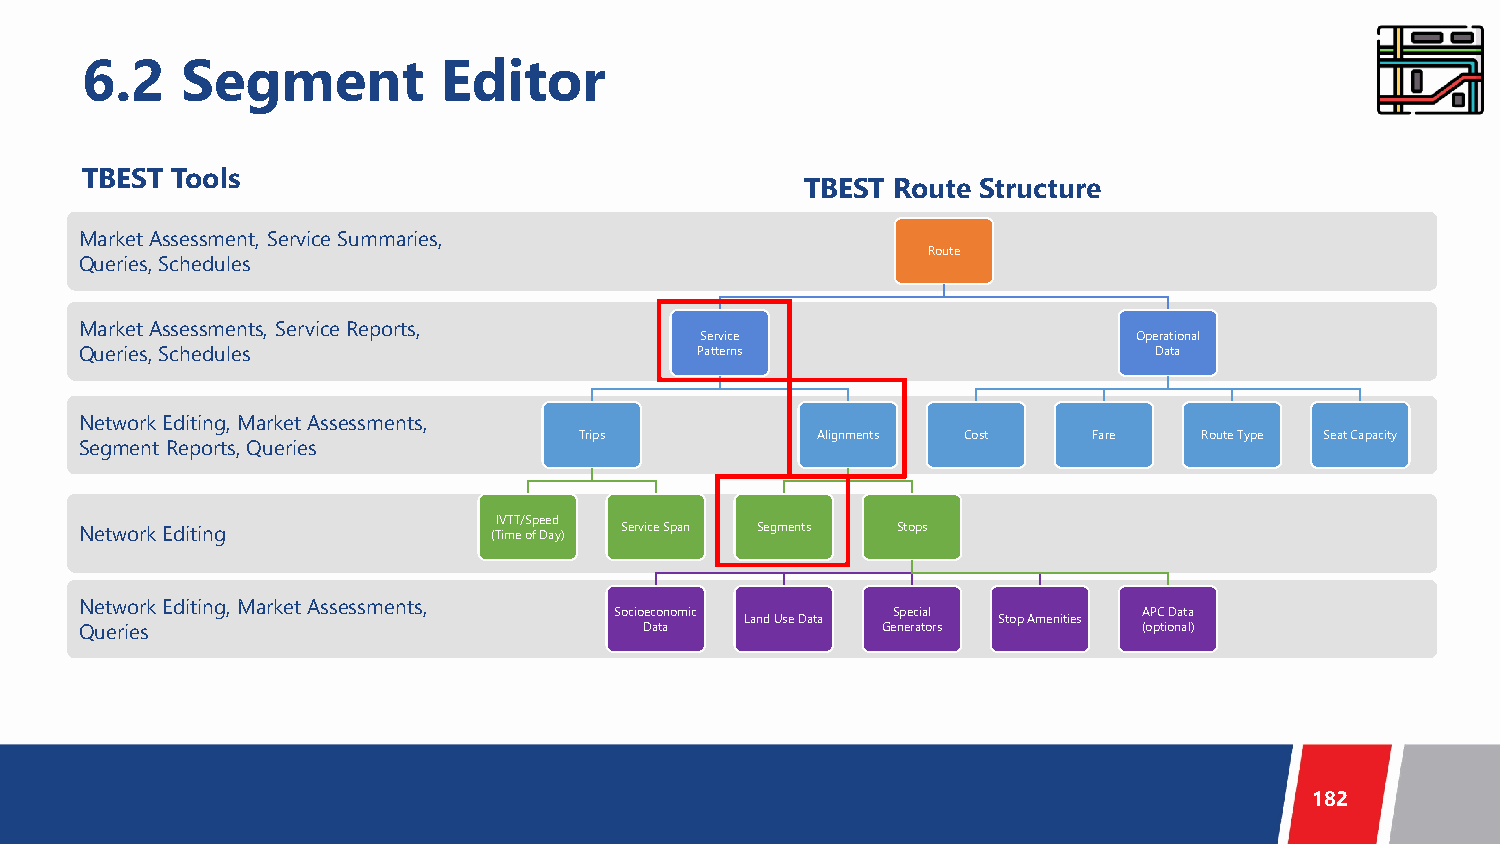
6.2    Segment          Editor
 TBEST Tools
 TBEST Route Structure
 Market Assessment, Service Summaries,
 Route
 Queries, Schedules
 Market Assessments, Service Reports,
 Service                      Operational
 Queries, Schedules                       Patterns                      Data
 Network Editing, Market Assessments,
 Trips           Alignments Cost   Fare    Route Type Seat Capacity
 Segment Reports, Queries
 IVTT/Speed
 Network Editing            (Time of Day) Service Span Segments Stops
 Network Editing, Market Assessments,
 Socioeconomic     Special          APC Data
 Land Use Data    Stop Amenities
 Queries                               Data           Generators        (optional)
 182